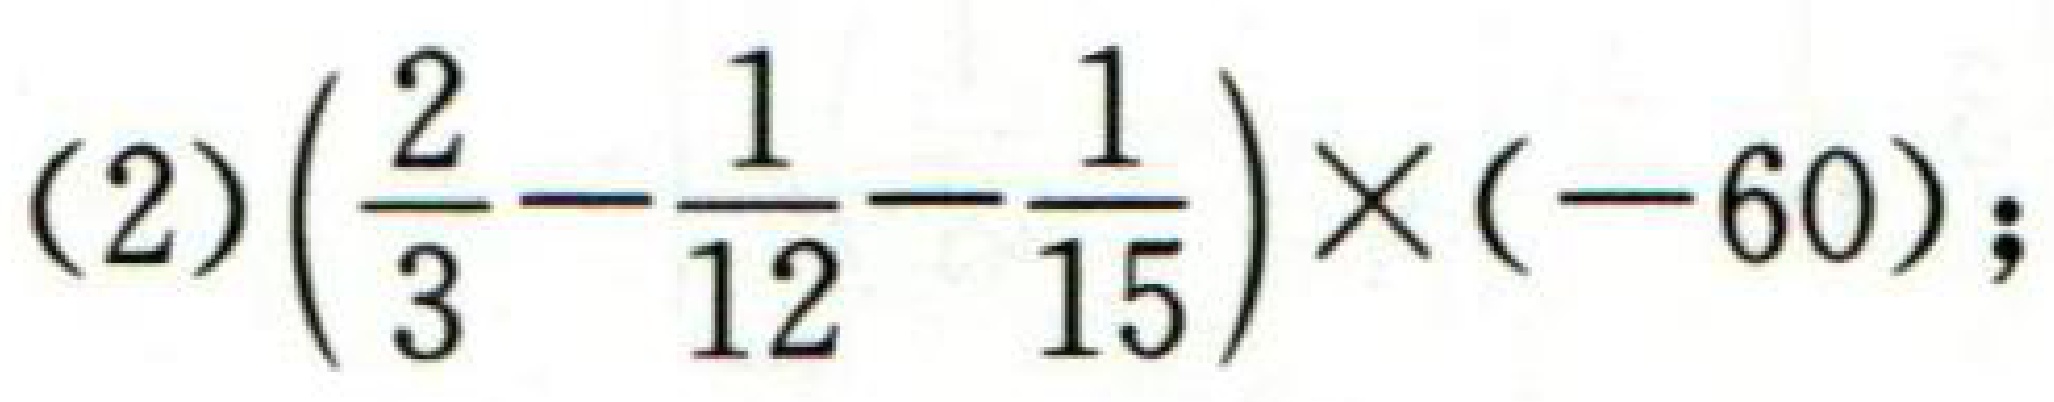
(2)\(\left(\frac{2}{3}-\frac{1}{12}-\frac{1}{15}\right)\times(- 60)\);